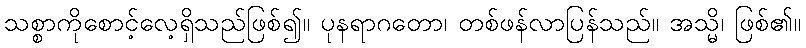
သစ္စာကိုစောင့်လေ့ရှိသည်ဖြစ်၍။ ပုနရာဂတော၊ တစ်ဖန်လာပြန်သည်။ အသ္မိ၊ ဖြစ်၏။